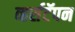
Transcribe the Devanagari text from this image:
व्हर्सटॅपन